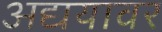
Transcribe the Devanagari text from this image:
अद्ययावर